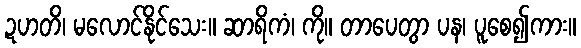
ဍဟတိ၊ မလောင်နိုင်သေး။ ဆာရိကံ၊ ကို။ တာပေတွာ ပန၊ ပူစေ၍ကား။